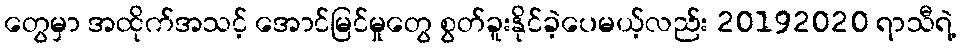
တွေမှာ အထိုက်အသင့် အောင်မြင်မှုတွေ စွတ်ခူးနိုင်ခဲ့ပေမယ့်လည်း 20192020 ရာသီရဲ့